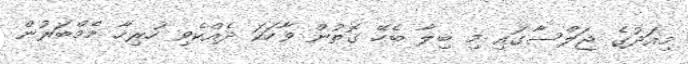
މިއަދުގެ ޖަލްސާގައި މި ބިލާ ބެހޭ ގޮތުން ވާހަކަ ދެއްކެވި ހުރިހާ މެމްބަރުން